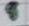
Text: 8